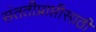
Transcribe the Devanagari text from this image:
संततीप्राप्तीसाठी